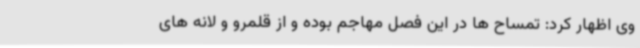
وی اظهار کرد: تمساح ها در این فصل مهاجم بوده و از قلمرو و لانه های